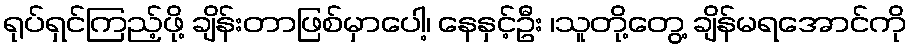
ရုပ်ရှင်ကြည့်ဖို့ ချိန်းတာဖြစ်မှာပေါ့၊ နေနှင့်ဦး ၊သူတို့တွေ့ ချိန်မရအောင်ကို